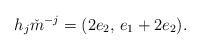
LaTeX: \begin{align*} h_{j}\check{m}^{-j} = (2e_{2}, \, e_{1}+2e_{2}). \end{align*}